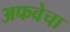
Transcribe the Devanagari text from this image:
अफवेचा